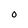
Character: O